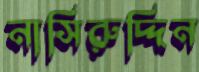
নাসিরুদ্দিন